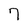
Character: 7